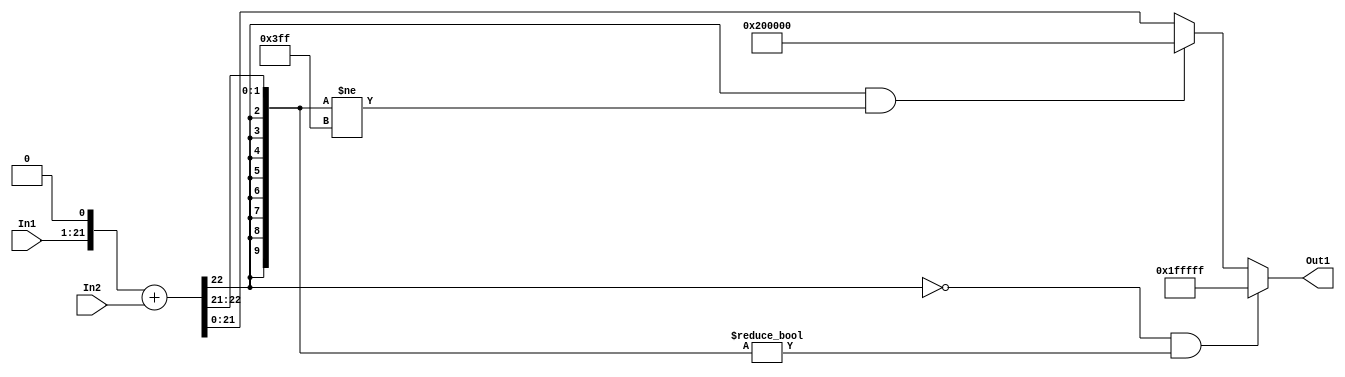
// -------------------------------------------------------------
// 
// 
// Generated by MATLAB 9.14 and HDL Coder 4.1
// 
// -------------------------------------------------------------


// -------------------------------------------------------------
// 
// Module: sumb8_1_block1
// Source Path: FP_sub/fp model/FIR_section_3/sumb8_1
// Hierarchy Level: 2
// 
// -------------------------------------------------------------

`timescale 1 ns / 1 ns

module sumb8_1_block1
          (In2,
           In1,
           Out1);


  input   signed [21:0] In2;  // sfix22_En14
  input   signed [20:0] In1;  // sfix21_En13
  output  signed [21:0] Out1;  // sfix22_En14


  wire signed [31:0] sumb8_add_cast;  // sfix32_En14
  wire signed [31:0] sumb8_add_cast_1;  // sfix32_En14
  wire signed [31:0] sumb8_add_temp;  // sfix32_En14
  wire signed [21:0] sumb8_out1;  // sfix22_En14


  assign sumb8_add_cast = {{10{In1[20]}}, {In1, 1'b0}};
  assign sumb8_add_cast_1 = {{10{In2[21]}}, In2};
  assign sumb8_add_temp = sumb8_add_cast + sumb8_add_cast_1;
  assign sumb8_out1 = ((sumb8_add_temp[31] == 1'b0) && (sumb8_add_temp[30:21] != 10'b0000000000) ? 22'sb0111111111111111111111 :
              ((sumb8_add_temp[31] == 1'b1) && (sumb8_add_temp[30:21] != 10'b1111111111) ? 22'sb1000000000000000000000 :
              $signed(sumb8_add_temp[21:0])));



  assign Out1 = sumb8_out1;

endmodule  // sumb8_1_block1